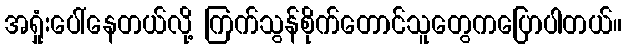
အရှုံးပေါ်နေတယ်လို့ ကြက်သွန်စိုက်တောင်သူတွေကပြောပါတယ်။